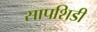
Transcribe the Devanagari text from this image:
सापशिडी